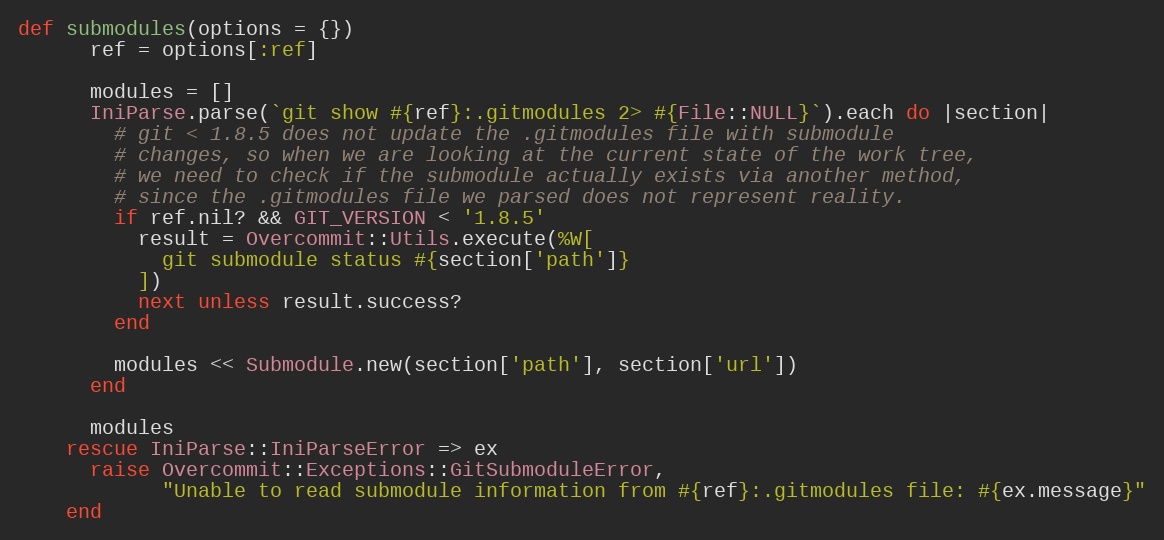
Language: Ruby
def submodules(options = {})
      ref = options[:ref]

      modules = []
      IniParse.parse(`git show #{ref}:.gitmodules 2> #{File::NULL}`).each do |section|
        # git < 1.8.5 does not update the .gitmodules file with submodule
        # changes, so when we are looking at the current state of the work tree,
        # we need to check if the submodule actually exists via another method,
        # since the .gitmodules file we parsed does not represent reality.
        if ref.nil? && GIT_VERSION < '1.8.5'
          result = Overcommit::Utils.execute(%W[
            git submodule status #{section['path']}
          ])
          next unless result.success?
        end

        modules << Submodule.new(section['path'], section['url'])
      end

      modules
    rescue IniParse::IniParseError => ex
      raise Overcommit::Exceptions::GitSubmoduleError,
            "Unable to read submodule information from #{ref}:.gitmodules file: #{ex.message}"
    end